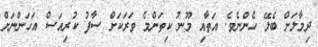
ދިމާލަށް ބެލޭ ހެންނެވެ. އަތާއި މޫނު ކިތަންމެ ވަރަކަށް ސާފު ކުރިއަސް އަހަންނަށް